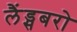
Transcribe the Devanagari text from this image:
लैंड्सबरो